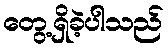
တွေ့ရှိခဲ့ပါသည်